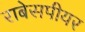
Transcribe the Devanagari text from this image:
राबेसपीयर